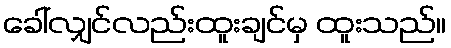
ခေါ်လျှင်လည်းထူးချင်မှ ထူးသည်။